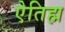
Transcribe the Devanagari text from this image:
ऐतिह्म